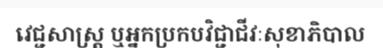
វេជ្ជសាស្ត្រ ឬអ្នកប្រកបវិជ្ជាជីវៈសុខាភិបាល